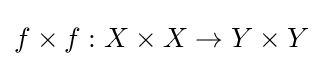
f\times f:X\times X\to Y\times Y